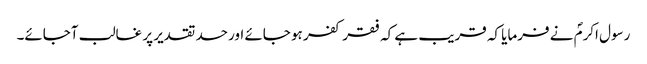
رسول اکرمؐ نے فرمایا کہ قریب ہے کہ فقر کفر ہو جائے اور حسد تقدیر پر غالب آجائے۔